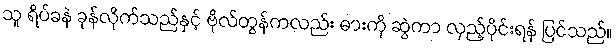
သူ ရိပ်ခနဲ ခုန်လိုက်သည်နှင့် ဗိုလ်တွန်ကလည်း ဓားကို ဆွဲကာ လှည့်ပိုင်းရန် ပြင်သည်။